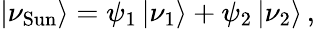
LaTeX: |\nu_{\mathrm{Sun}}\rangle=\psi_{1}\, |\nu_{1}\rangle+\psi_{2}\, |\nu_{2}\rangle\, ,